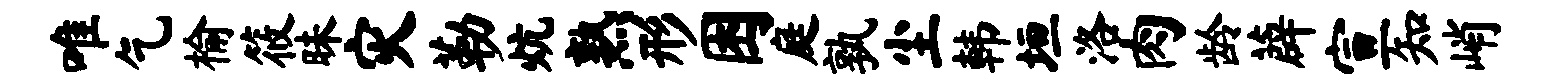
唯乞榆筱昧灾勒炕熟形困庭孰尘韩垣洛肉龄薜宣知峭